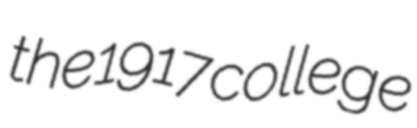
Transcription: the 1917 college